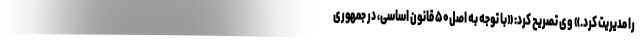
را مدیریت کرد.» وی تصریح کرد: «با توجه به اصل۵۰ قانون اساسی، در جمهوری